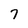
Character: 7